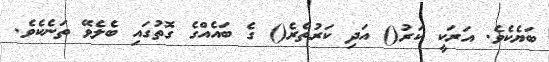
ބަޔެކެވެ. އަރަކީ ކަރު() އަދި ކަރުތެރެ() ގެ ބައެއްގެ ގޮތުގައި ބެލެވޭ ތަނެކެވެ.